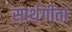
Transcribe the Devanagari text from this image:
सार्थगीता